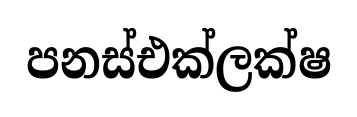
පනස්එක්ලක්ෂ